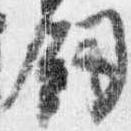
剣